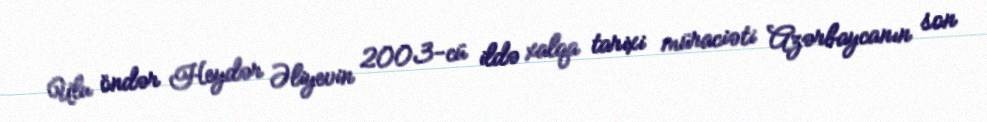
Ulu öndər Heydər Əliyevin 2003-cü ildə xalqa tarixi müraciəti Azərbaycanın son